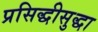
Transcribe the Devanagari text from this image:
प्रसिद्धीसुद्धा